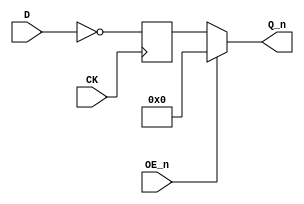
/******************************************************************************
 ** Component : TTL_74534                                                    **
 **                                                                          **
 ** 74HC534 Octal D-type Flip-Flop                                           **
 ** (NEGATED OUTPUTS)                                                        **
 *****************************************************************************/

module TTL_74534( 
   input CK,
   input OE_n,

   input [7:0] D,
   output [7:0] Q_n
);   


   wire s_ck;
   wire s_oe_n;   
   wire [7:0] s_d_n;

   reg [7:0] regQ_n;


   assign s_ck = CK;
   assign s_oe_n = OE_n;
   assign s_d_n = ~D;
   
   always @(posedge s_ck )
   begin
      regQ_n <= s_d_n;
   end

   assign Q_n = s_oe_n ? 8'b0 : regQ_n;
endmodule